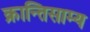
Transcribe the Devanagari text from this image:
क्रान्तिसाम्य